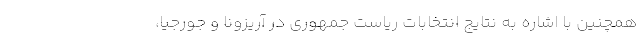
همچنین با اشاره به نتایج انتخابات ریاست جمهوری در آریزونا و جورجیا،